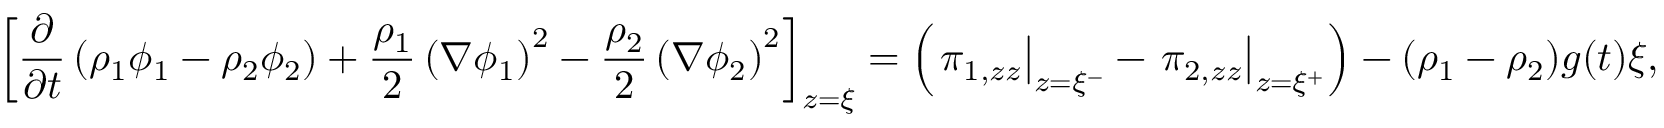
\left[ \frac { \partial } { \partial t } \left( \rho _ { 1 } \phi _ { 1 } - \rho _ { 2 } \phi _ { 2 } \right) + \frac { \rho _ { 1 } } { 2 } \left( \nabla \phi _ { 1 } \right) ^ { 2 } - \frac { \rho _ { 2 } } { 2 } \left( \nabla \phi _ { 2 } \right) ^ { 2 } \right] _ { z = \xi } = \left( \left. \pi _ { 1 , z z } \right| _ { z = \xi ^ { - } } - \left. \pi _ { 2 , z z } \right| _ { z = \xi ^ { + } } \right) - ( \rho _ { 1 } - \rho _ { 2 } ) g ( t ) \xi ,